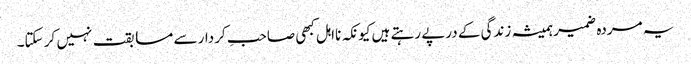
یہ مردہ ضمیر ہمیشہ زندگی کے درپے رہتے ہیں کیونکہ نااہل کبھی صاحبِ کردار سے مسابقت نہیں کر سکتا۔